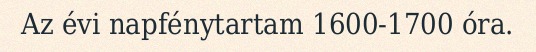
Az évi napfénytartam 1600-1700 óra.